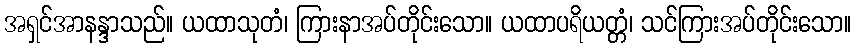
အရှင်အာနန္ဒာသည်။ ယထာသုတံ၊ ကြားနာအပ်တိုင်းသော။ ယထာပရိယတ္တံ၊ သင်ကြားအပ်တိုင်းသော။